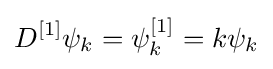
D^{[1]}\psi _{k}=\psi _{k}^{[1]}=k\psi _{k}